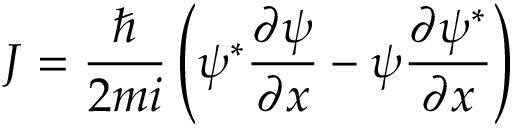
J = { \frac { \hbar } { 2 m i } } \left( \psi ^ { * } { \frac { \partial \psi } { \partial x } } - \psi { \frac { \partial \psi ^ { * } } { \partial x } } \right)